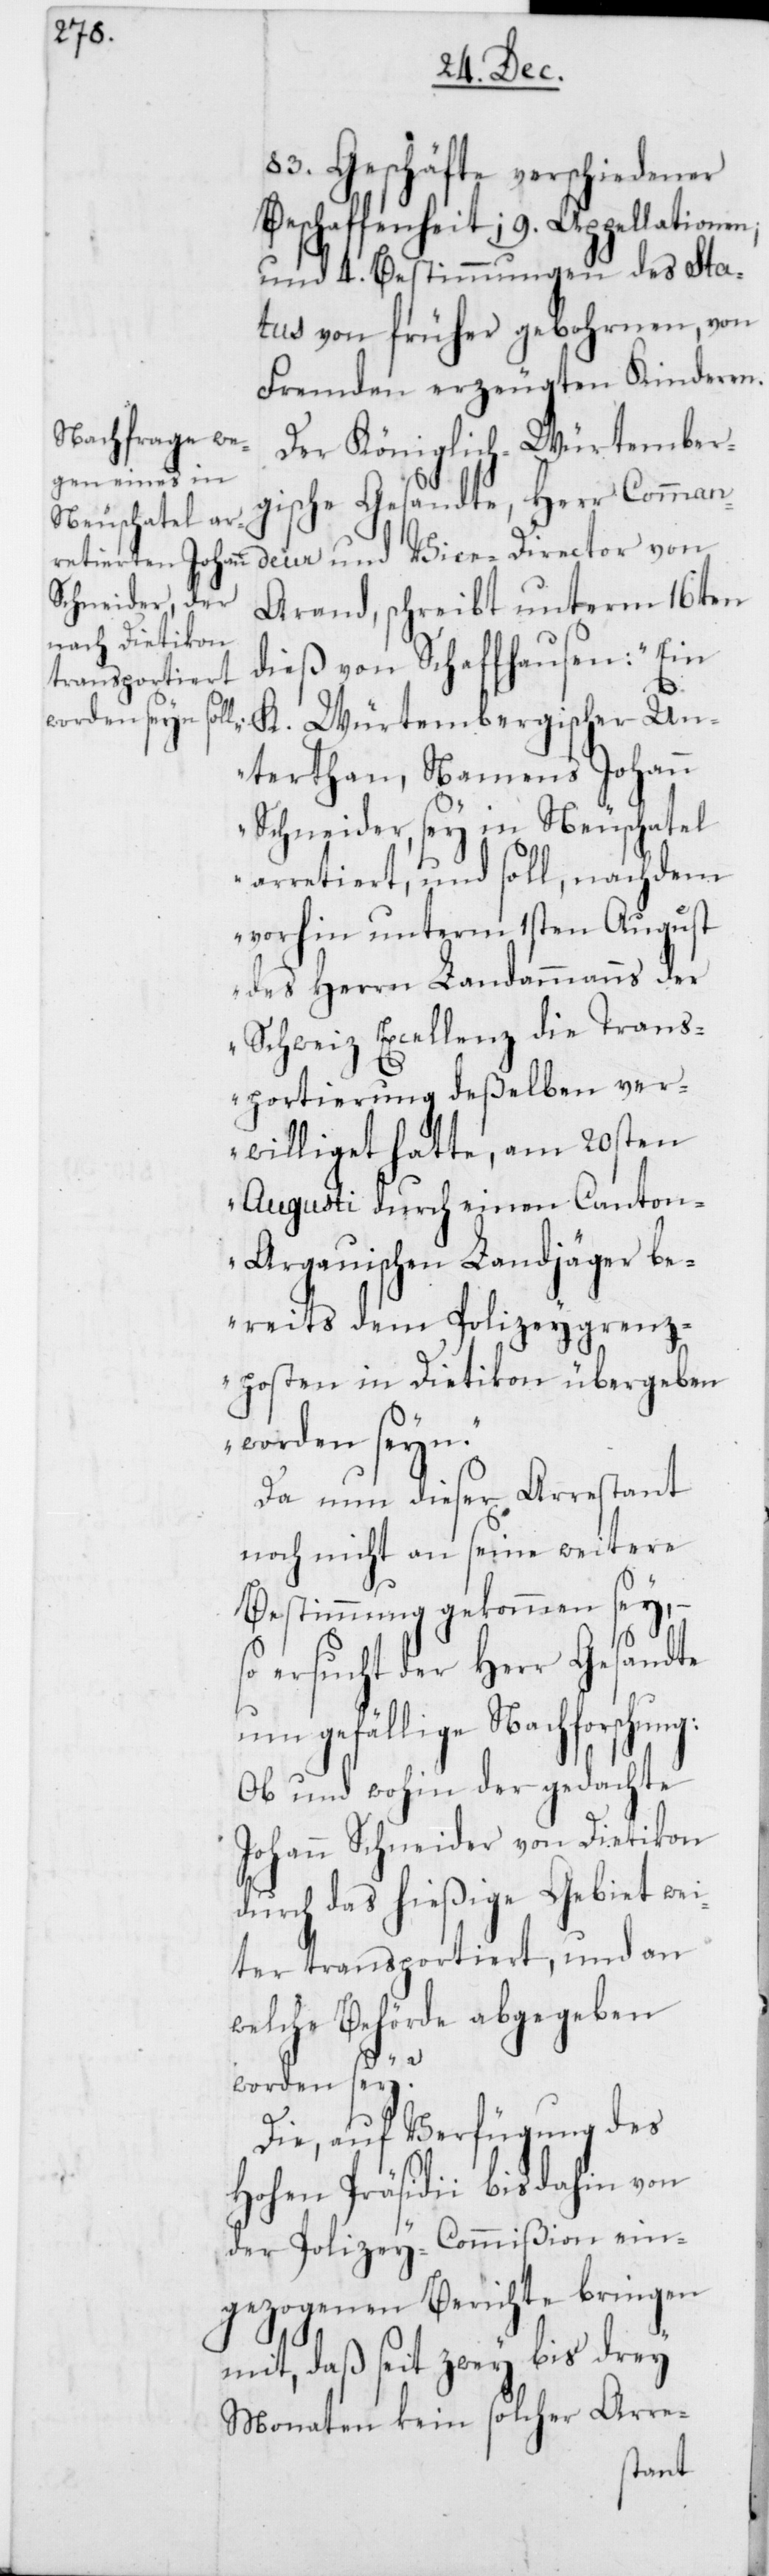
83. Geschäfte verschiedener
Beschaffenheit; 9. Appellationen;
und 4. Bestimmungen des Sta¬
tus von früher gebohrnen, von
Fremden erzeugten Kinderen.
Der Königlich-Würtember¬
gische Gesandte, Herr Comman¬
deur und Vice-Director von
Arand, schreibt unterm 16ten
dieß von Schaffhausen: „Ein
K. Würtembergischer Un¬
terthan, Namens Johann
Schneider, sey in Neuchatel
arretiert, und soll, nachdem
vorhin unterm 1sten August
des Herrn Landammanns der
Schweiz Excellenz die Trans¬
portierung deßelben ver¬
williget hatte, am 20sten
Augusti durch einen Canto¬
n-Argauischen Landjäger be¬
reits dem Polizeygrenz¬
posten in Dietikon übergeben
worden seyn.“
Da nun dieser Arrestant
noch nicht an seine weitere
Bestimmung gekommen sey, –
so ersucht der Herr Gesandte
um gefällige Nachforschung:
Ob und wohin der gedachte
Johann Schneider von Dietikon
durch das hießige Gebiet wei¬
ter transportiert, und an
welche Behörde abgegeben
worden sey?
Die, auf Verfügung des
Hohen Präsidii bis dahin von
der Polizey-Commißion ein¬
gezogenen Berichte bringen
mit, daß seit zwey bis drey
Monaten kein solcher Arre-